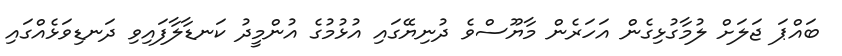
ބައްޕަ ޖަލަށް ލުމާގުޅިގެން އަހަރެން މާޔޫސްވެ ދުނިޔޭގައި އުޅުމުގެ އުންމީދު ކަނޑާލާފައިވި ދަނޑިވަޅެއްގައި